Punjab Mental Hospital Lahore 1932-46 - 1932-1946
Year: 1932
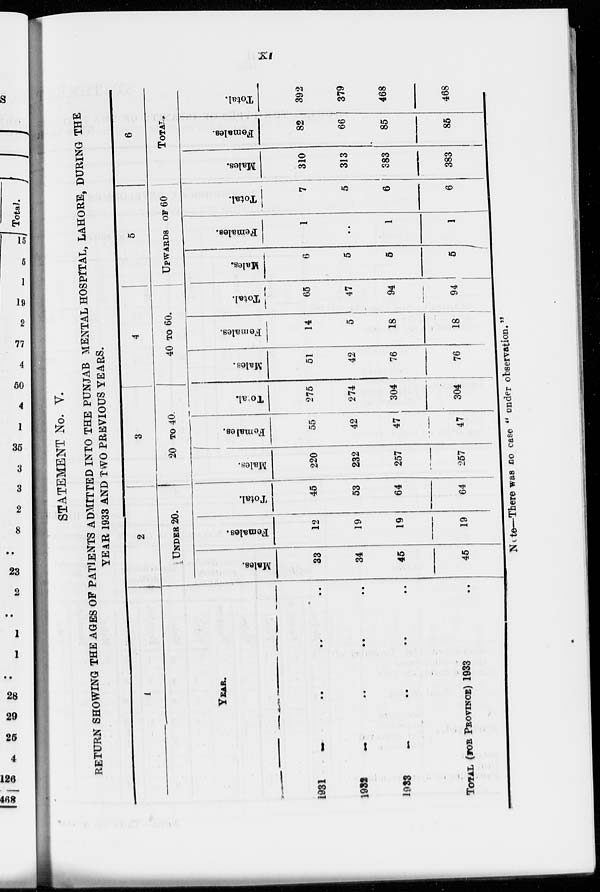
xi
STATEMENT No. V.
RETURN SHOWING THE AGES OF PATIENTS ADMITTED INTO THE PUNJAB MENTAL HOSPITAL, LAHORE, DURING THE
YEAR 1933 AND TWO PREVIOUS YEARS.
1
YEAR.
1931 .. .. .. ..
1932 .. .. .. ..
1933 .. .. .. ..
TOTAL (FOR PROVINCE) 1933 ..
2
UNDER 20.
Males.
33
34
45
45
Females.
12
19
19
19
Total.
45
53
64
64
3
20 TO 40.
Males.
220
232
257
257
Females.
55
42
47
47
Total.
275
274
304
304
4
40 TO 60.
Males.
51
42
76
76
Females.
14
5
18
18
Total.
65
47
94
94
5
UPWARDS OF 60
Males.
6
5
5
5
Females.
1
..
1
1
Total.
7
5
6
6
6
TOTAL.
Males.
310
313
383
383
Females.
82
66
85
85
Total.
392
379
468
468
Note—There was no case " under observation. "